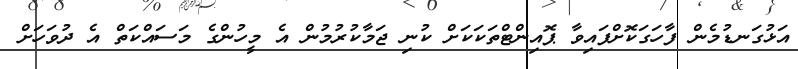
އަޅުގަނޑުމެން ފާހަގަކޮށްފައިވާ ޕޮއިންޓްތަކަކަށް ކުނި ޖަމާކުރުމުން އެ މީހުންގެ މަސައްކަތް އެ ދުވަހަށް